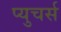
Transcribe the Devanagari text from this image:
प्युचर्स